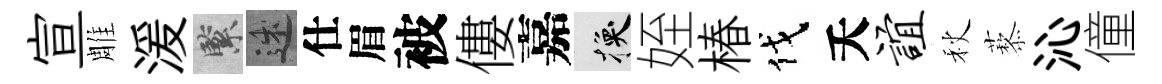
宣雕湲緊述仕眉被僂嘉换姪椿伐夭谊秋藜沁僮